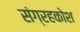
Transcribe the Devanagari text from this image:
संग्रहकोश